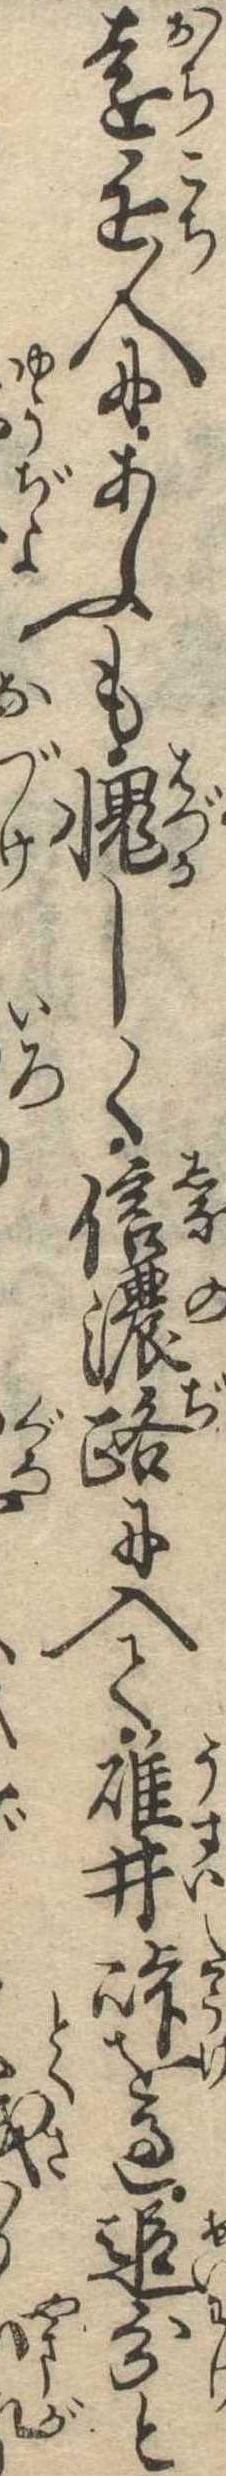
遠近人にあふも愧しく信濃路に入て碓井峠を過追分と